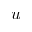
u